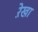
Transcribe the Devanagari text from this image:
रे़खा